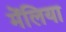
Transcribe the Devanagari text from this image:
मेंलिया